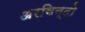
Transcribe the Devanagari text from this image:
अरविन्दो